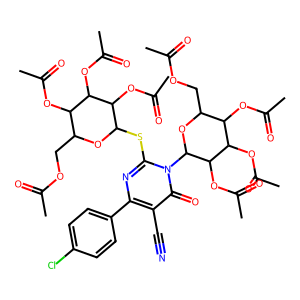
SMILES: CC(=O)OCC1OC(Sc2nc(-c3ccc(Cl)cc3)c(C#N)c(=O)n2C2OC(COC(C)=O)C(OC(C)=O)C(OC(C)=O)C2OC(C)=O)C(OC(C)=O)C(OC(C)=O)C1OC(C)=O
Inhibits HIV replication: No